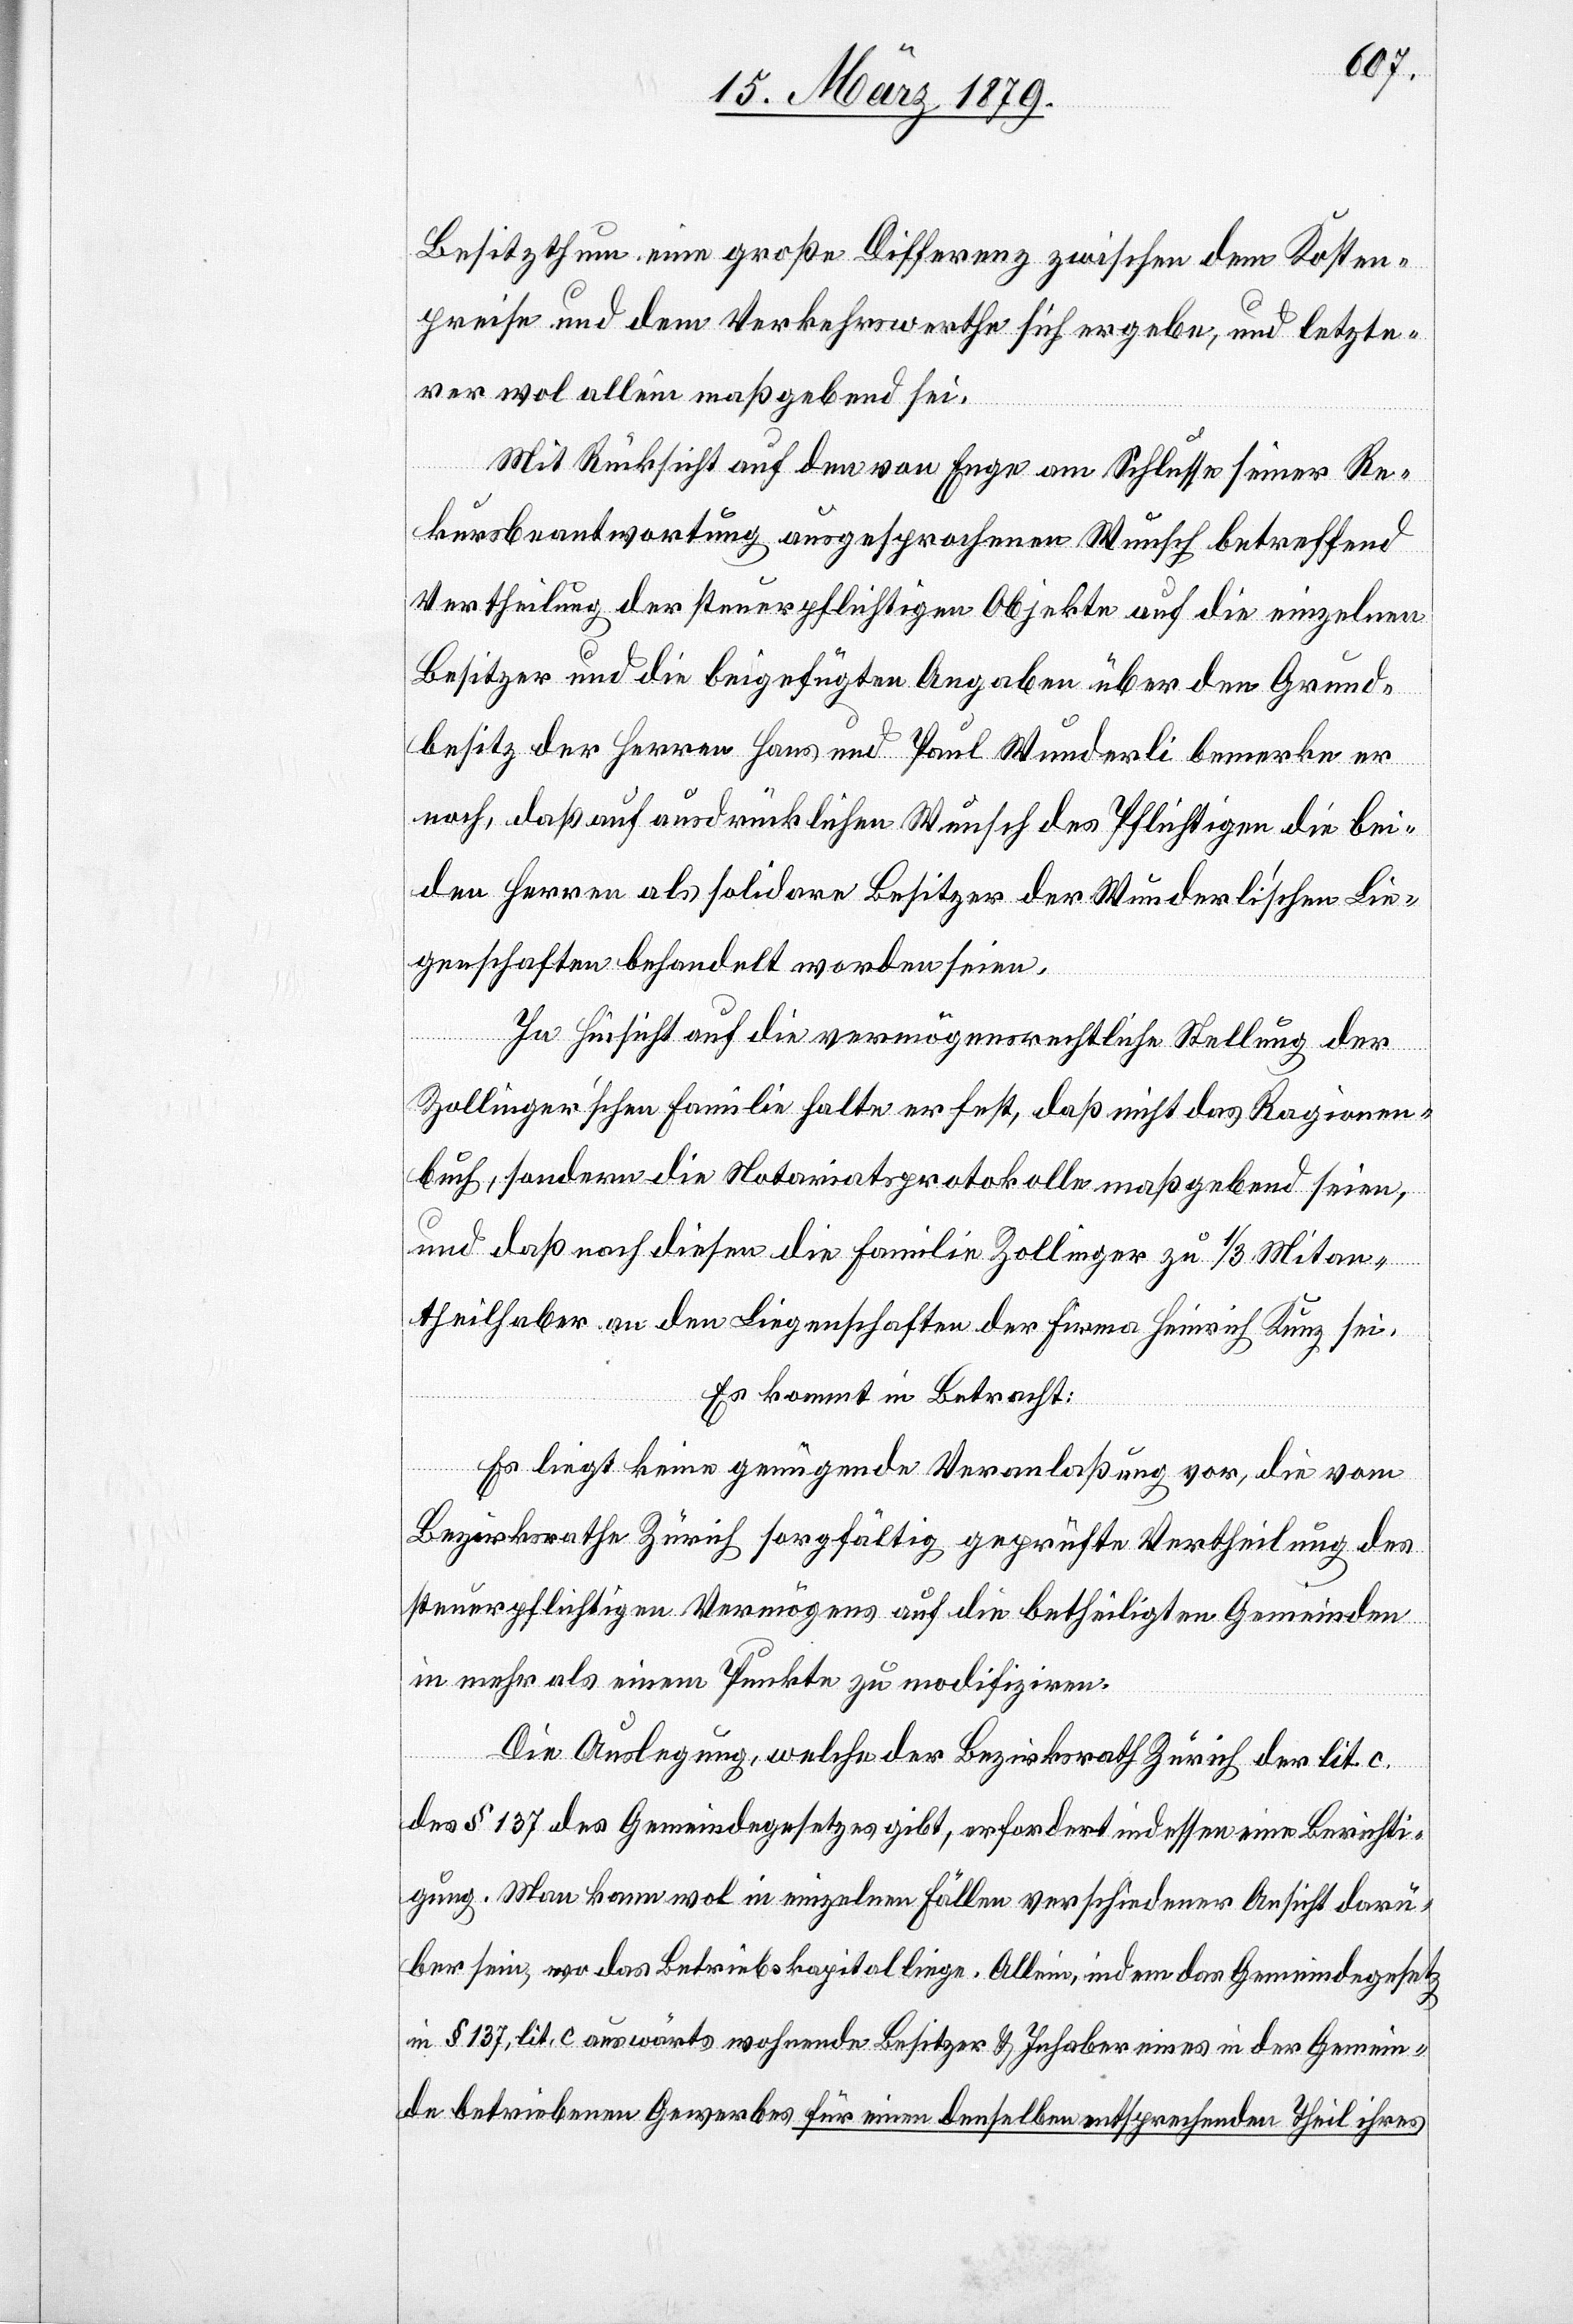
Besitzthum eine große Differenz zwischen dem Kosten¬
preise und dem Verkehrswerthe sich ergebe, und letzte¬
rer wol allein maßgebend sei.
Mit Rücksicht auf den von Enge am Schlusse seiner Re¬
kursbeantwortung ausgesprochenen Wunsch betreffend
Vertheilung der steuerpflichtigen Objekte auf die einzelnen
Besitzer und die beigefügten Angaben über den Grund¬
besitz der Herren Hans und Paul Wunderli bemerke er
noch, daß auf ausdrücklichen Wunsch des [sic!] Pflichtigen die bei¬
den Herren als solidare Besitzer der Wunderli’schen Lie¬
genschaften behandelt worden seien.
In Hinsicht auf die vermögensrechtliche Stellung der
Zollinger’schen Familie halte er fest, daß nicht das Ragionen¬
buch, sondern die Notariatsprotokolle maßgebend seien,
und daß nach diesen die Familie Zollinger zu 1/3 Mitan¬
theilhaber an den Liegenschaften der Firma Heinrich Kunz sei.
Es kommt in Betracht:
Es liegt keine genügende Veranlaßung vor, die vom
Bezirksrathe Zürich sorgfältig geprüfte Vertheilung des
steuerpflichtigen Vermögens auf die betheiligten Gemeinden
in mehr als einem Punkte zu modifiziren.
Die Auslegung, welche der Bezirksrath Zürich der lit. c.
des § 137 des Gemeindegesetzes gibt, erfordert indessen eine Berichti¬
gung. Man kann wol in einzelnen Fällen verschiedener Ansicht darü¬
ber sein, wo das Betriebskapital liege. Allein, indem das Gemeindegesetz
in § 137, lit. c auswärts wohnende Besitzer & Inhaber eines in der Gemein¬
de betriebenen Gewerbes für einen denselben entsprechenden Theil ihres